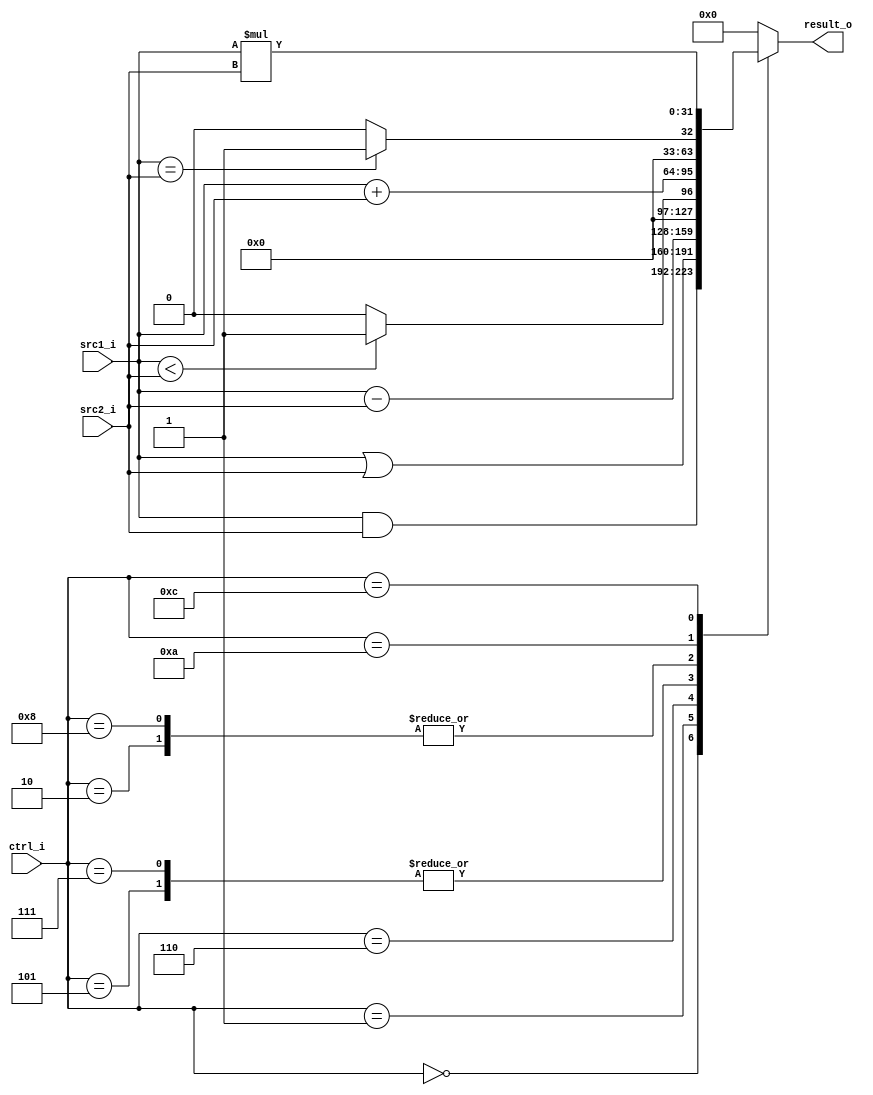
//0713216

//Subject:     CO project 2 - ALU
//--------------------------------------------------------------------------------
//Version:     1
//--------------------------------------------------------------------------------
//Writer:      
//----------------------------------------------
//Date:        
//----------------------------------------------
//Description: 
//--------------------------------------------------------------------------------

module ALU(
    src1_i,
	src2_i,
	ctrl_i,
	result_o,
	);
     
//I/O ports
input  [32-1:0]  src1_i;
input  [32-1:0]	 src2_i;
input  [4-1:0]   ctrl_i;

output [32-1:0]	 result_o;

//Internal signals
reg    [32-1:0]  result_o;

//Parameter

//Main function

always @(ctrl_i, src1_i, src2_i) begin
	case(ctrl_i)
		0: result_o <= src1_i & src2_i;                         //and
		1: result_o <= src1_i | src2_i;                           //or
		2: result_o <= src1_i + src2_i;                         //add
	//	3: result_o[4:0] <= 5'b11111;                            //jal
		5: result_o <= (src1_i < src2_i) ? 1 : 0;            //slti
		6: result_o <= src1_i - src2_i;                          //sub
		7: result_o <= (src1_i < src2_i) ? 1 : 0;            //slt
		8: result_o <= src1_i + src2_i;                         //addi
		10: result_o <=(src1_i == src2_i) ? 1 : 0;        //beq
		12:result_o <= src1_i * src2_i;                        //mult
		default: result_o <= 0;
	endcase
end

endmodule